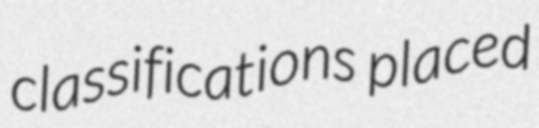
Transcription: classifications placed